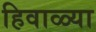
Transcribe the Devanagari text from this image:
हिवाळ्या